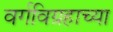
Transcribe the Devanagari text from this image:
वर्गविग्रहाच्या